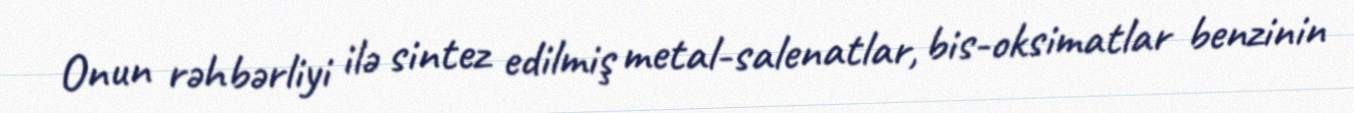
Onun rəhbərliyi ilə sintez edilmiş metal-salenatlar, bis-oksimatlar benzinin